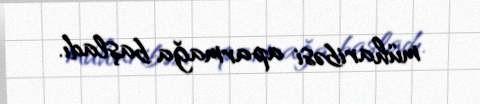
müharibəsi aparmağa başladı.